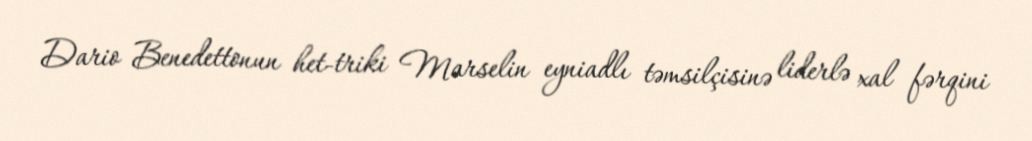
Dario Benedettonun het-triki Marselin eyniadlı təmsilçisinə liderlə xal fərqini